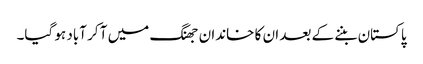
پاکستان بننے کے بعد ان کا خاندان جھنگ میں آ کر آباد ہو گیا۔